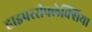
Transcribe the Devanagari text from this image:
हाइपररीफ्लेक्सिया